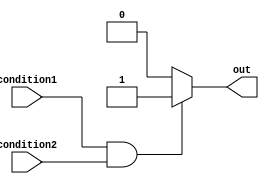
module if_else_block (
    input wire condition1,
    input wire condition2,
    output reg out
);

always @* begin
    if (condition1 && condition2) begin
        out <= 1'b1; // Executes if all conditions are true
    end
    else begin
        out <= 1'b0; // Executes if conditions are not met
    end
end

endmodule